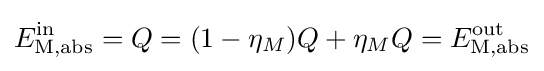
E_{\text{M,abs}}^{\text{in}}=Q=(1-\eta _{M})Q+\eta _{M}Q=E_{\text{M,abs}}^{\text{out}}